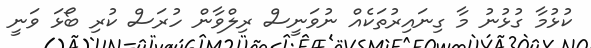
ކުޅުމާ ގުޅުނު މާ ގިނައިރުތަކެއް ނުވަނީސް ރިލްވާން ހުރަސް ކުރި ބޯޅަ ވަނީ